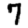
Digit: 7